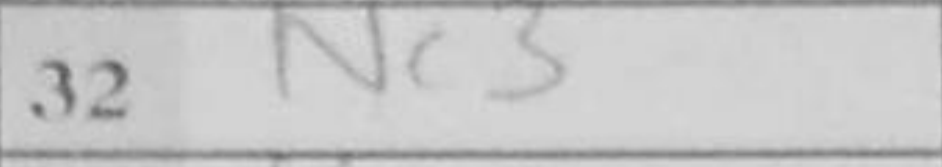
Transcription: Nc3